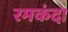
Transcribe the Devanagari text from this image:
रमकंदा